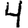
Digit: 4